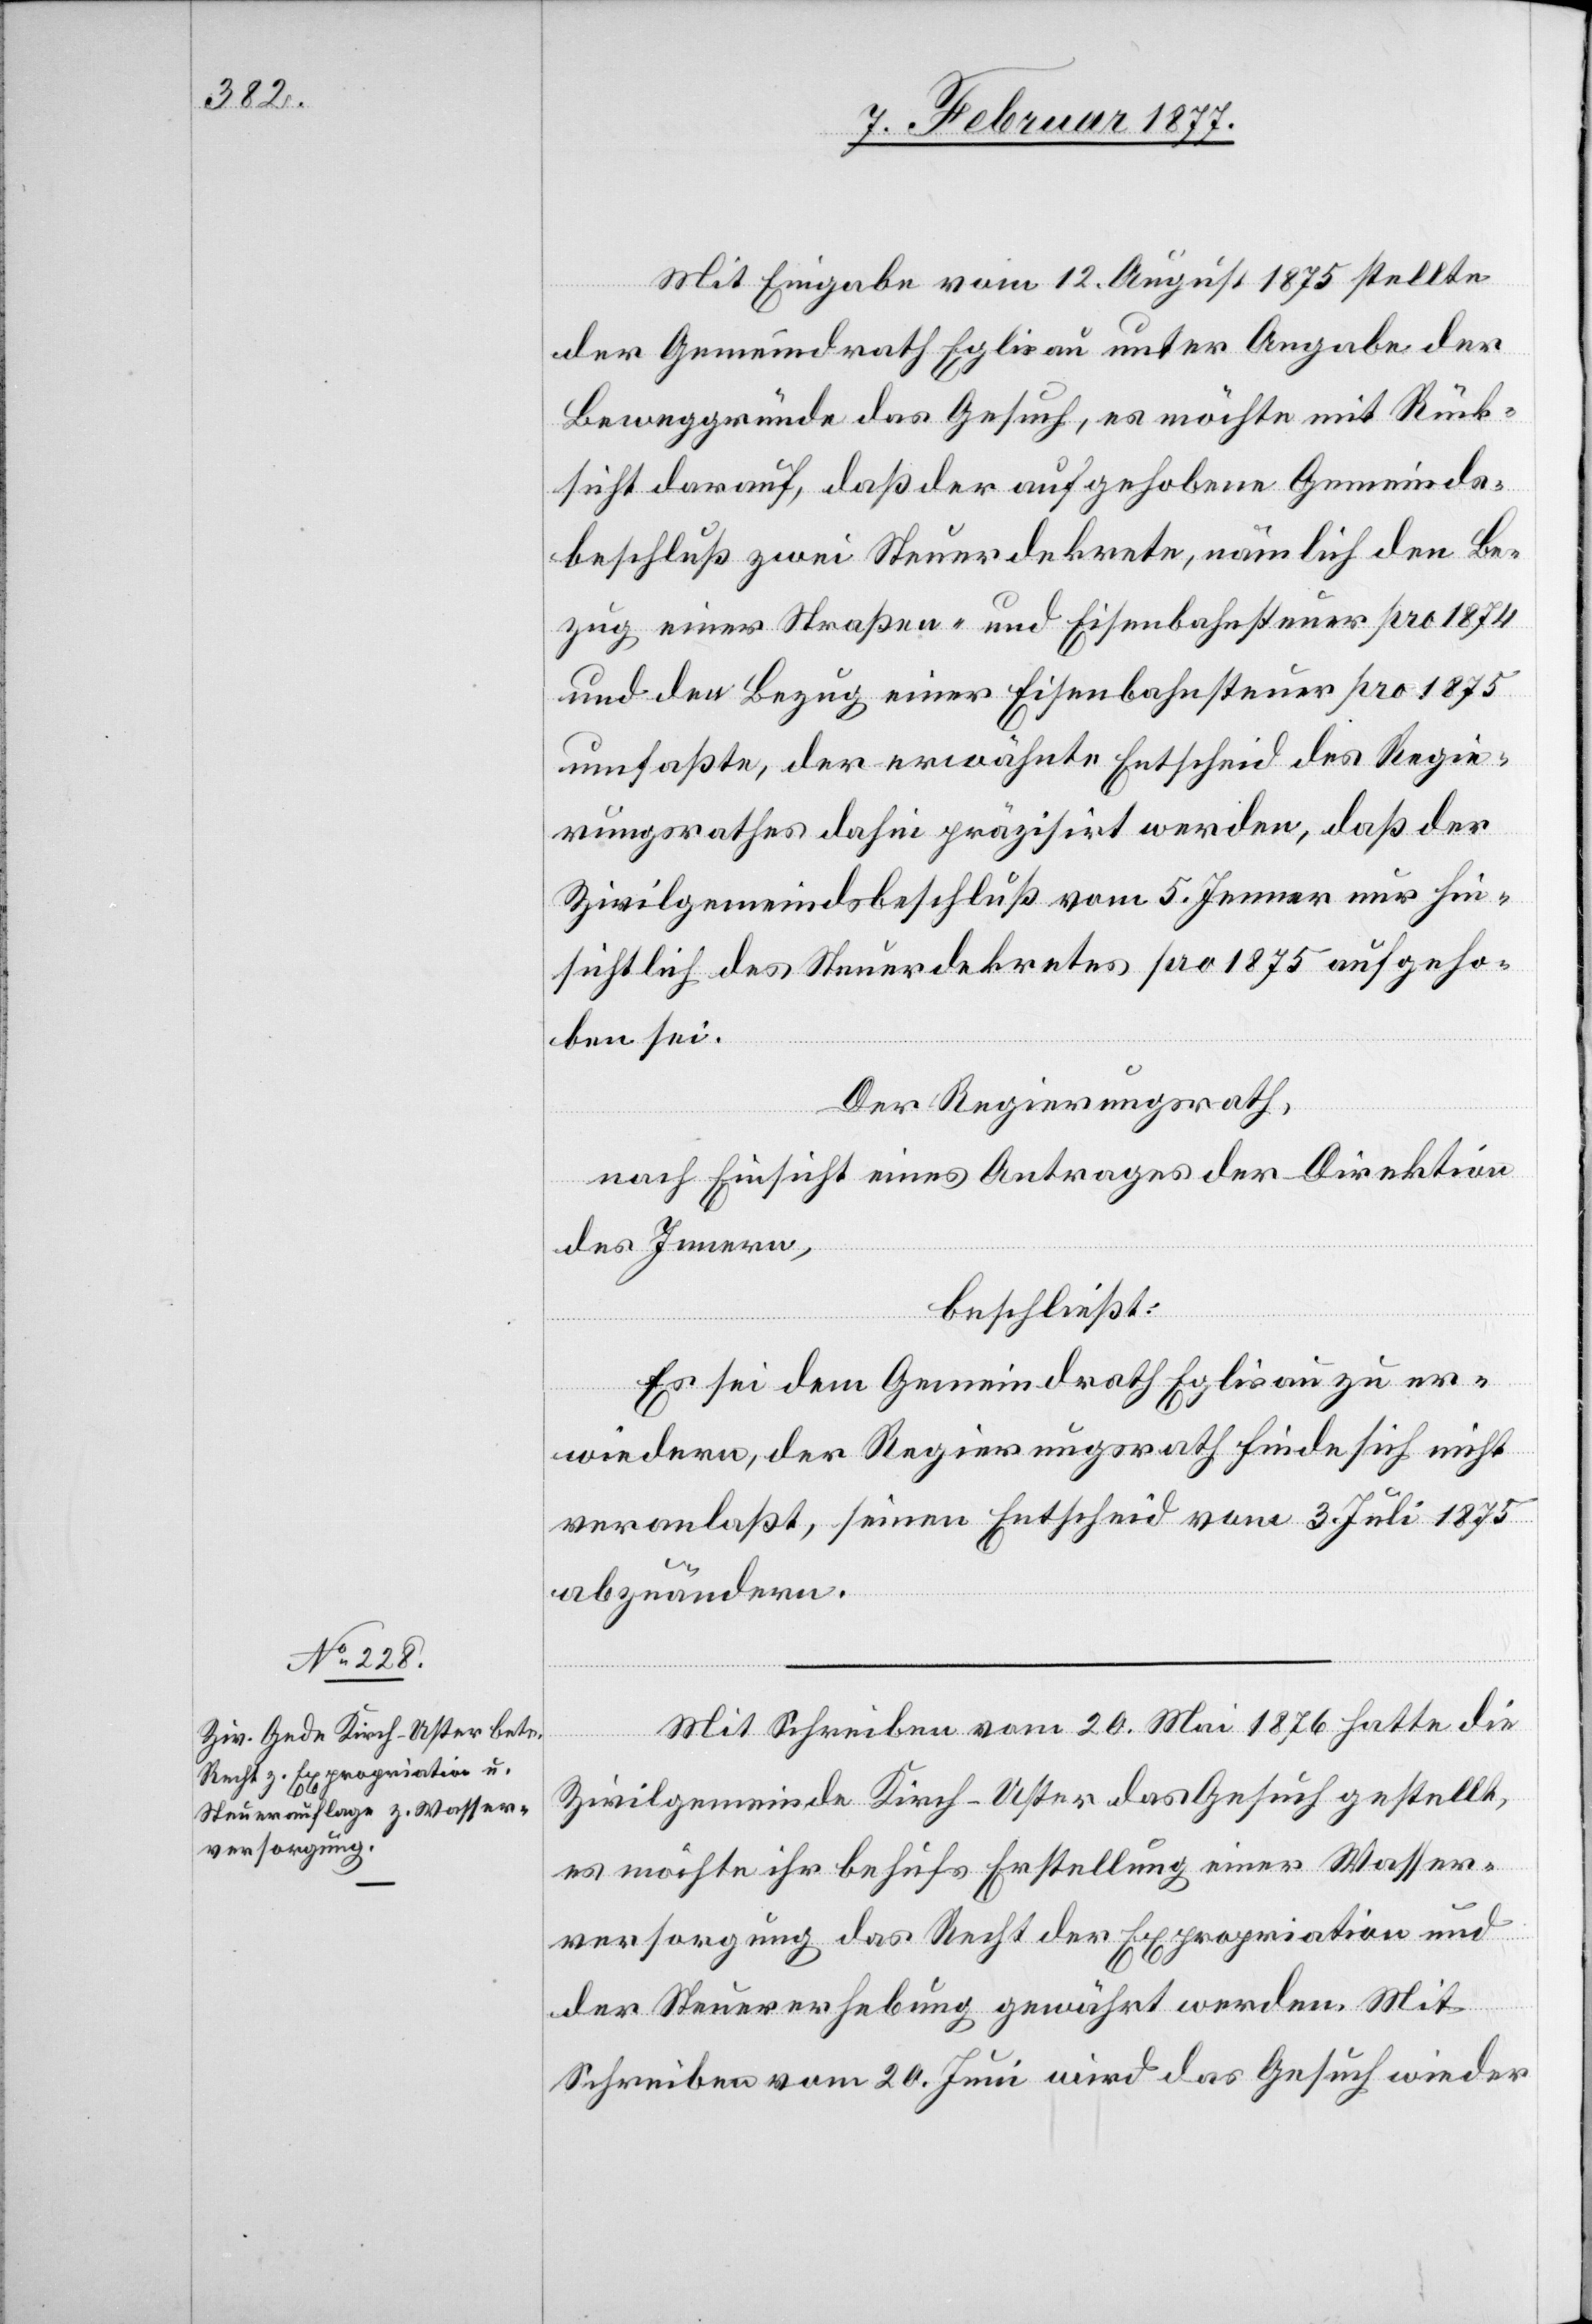
Mit Eingabe vom 12. August 1875 stellte
der Gemeindrath Eglisau unter Angabe der
Beweggründe das Gesuch, es möchte mit Rück¬
sicht darauf, daß der aufgehobene Gemeinds¬
beschluß zwei Steuerdekrete, nämlich den Be¬
zug einer Straßen- und Eisenbahnsteuer pro 1874
und den Bezug einer Eisenbahnsteuer pro 1875
umfaßte, der erwähnte Entscheid des Regie¬
rungsrathes dahin präzisirt werden, daß der
Zivilgemeindsbeschluß vom 5. Jenner nur hin¬
sichtlich des Steuerdekretes pro 1875 aufgeho¬
ben sei.
Der Regierungsrath,
nach Einsicht eines Antrages der Direktion
des Innern,
beschließt:
Es sei dem Gemeindrath Eglisau zu er¬
wiedern, der Regierungsrath finde sich nicht
veranlaßt, seinen Entscheid vom 3. Juli 1875
abzuändern.
Mit Schreiben vom 20. Mai 1876 hatte die
Zivilgemeinde Kirch-Uster das Gesuch gestellt,
es möchte ihr behufs Erstellung einer Wasser¬
versorgung das Recht der Expropriation und
der Steuererhebung gewährt werden. Mit
Schreiben vom 20. Juni wird das Gesuch wieder